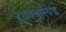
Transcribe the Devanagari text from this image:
ट्राइक्यूस्पिड